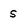
Character: s